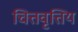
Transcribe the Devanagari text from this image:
चित्तवृत्तिय